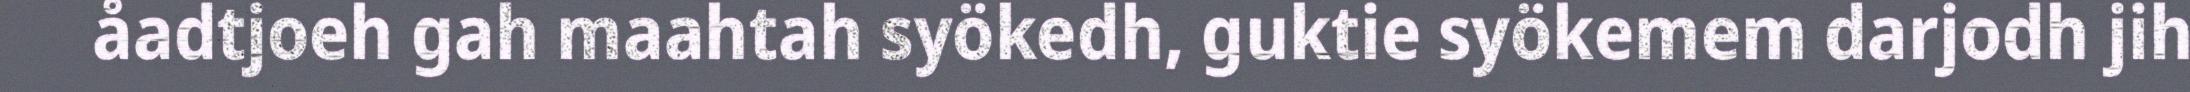
åadtjoeh gah maahtah syökedh, guktie syökemem darjodh jih